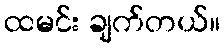
ထမင်း ချက်တယ်။